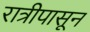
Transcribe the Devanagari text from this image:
रात्रीपासून